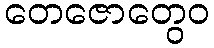
တေဇောတွေဝ